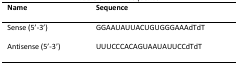
<table><thead><tr><td><b>Name</b></td><td><b>Sequence</b></td></tr></thead><tbody><tr><td>Sense (5’-3’)</td><td>GGAAUAUUACUGUGGGAAAdTdT</td></tr><tr><td>Antisense (5’-3’)</td><td>UUUCCCACAGUAAUAUUCCdTdT</td></tr></tbody></table>